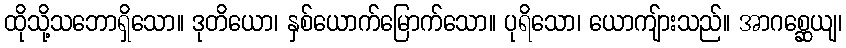
ထိုသို့သဘောရှိသော။ ဒုတိယော၊ နှစ်ယောက်မြောက်သော။ ပုရိသော၊ ယောကျ်ားသည်။ အာဂစ္ဆေယျ၊